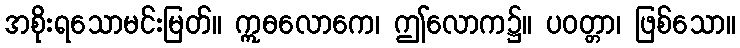
အစိုးရသောမင်းမြတ်။ ဣဓလောကေ၊ ဤလောက၌။ ပဝတ္တာ၊ ဖြစ်သော။